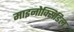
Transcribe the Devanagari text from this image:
माइनोक्सिडिल